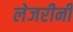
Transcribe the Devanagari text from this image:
लेजरीनी